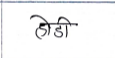
मजकूर: होडी